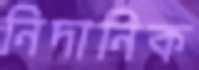
নিদানিক